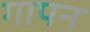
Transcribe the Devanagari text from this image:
गापन